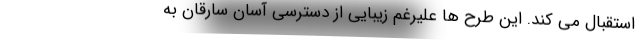
استقبال می کند. این طرح ها علیرغم زیبایی از دسترسی آسان سارقان به